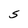
Character: S